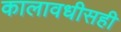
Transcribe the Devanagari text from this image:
कालावधीसही